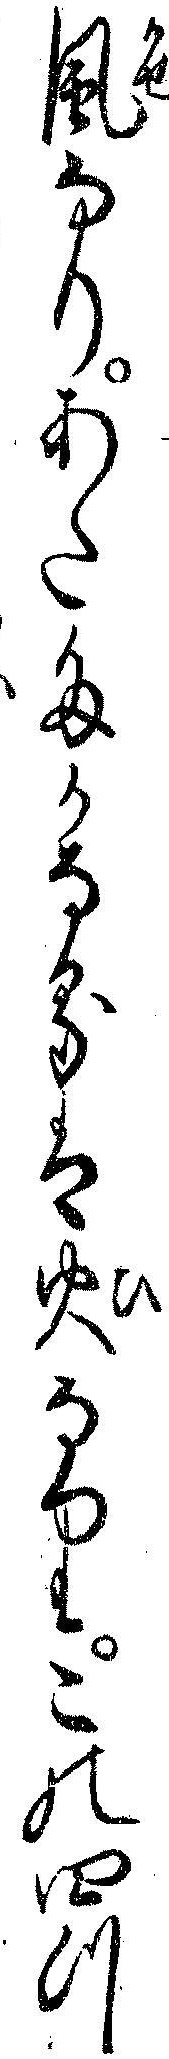
風なりあたたかなるは火なりこの四つ